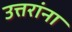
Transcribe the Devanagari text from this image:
उत्तरांना